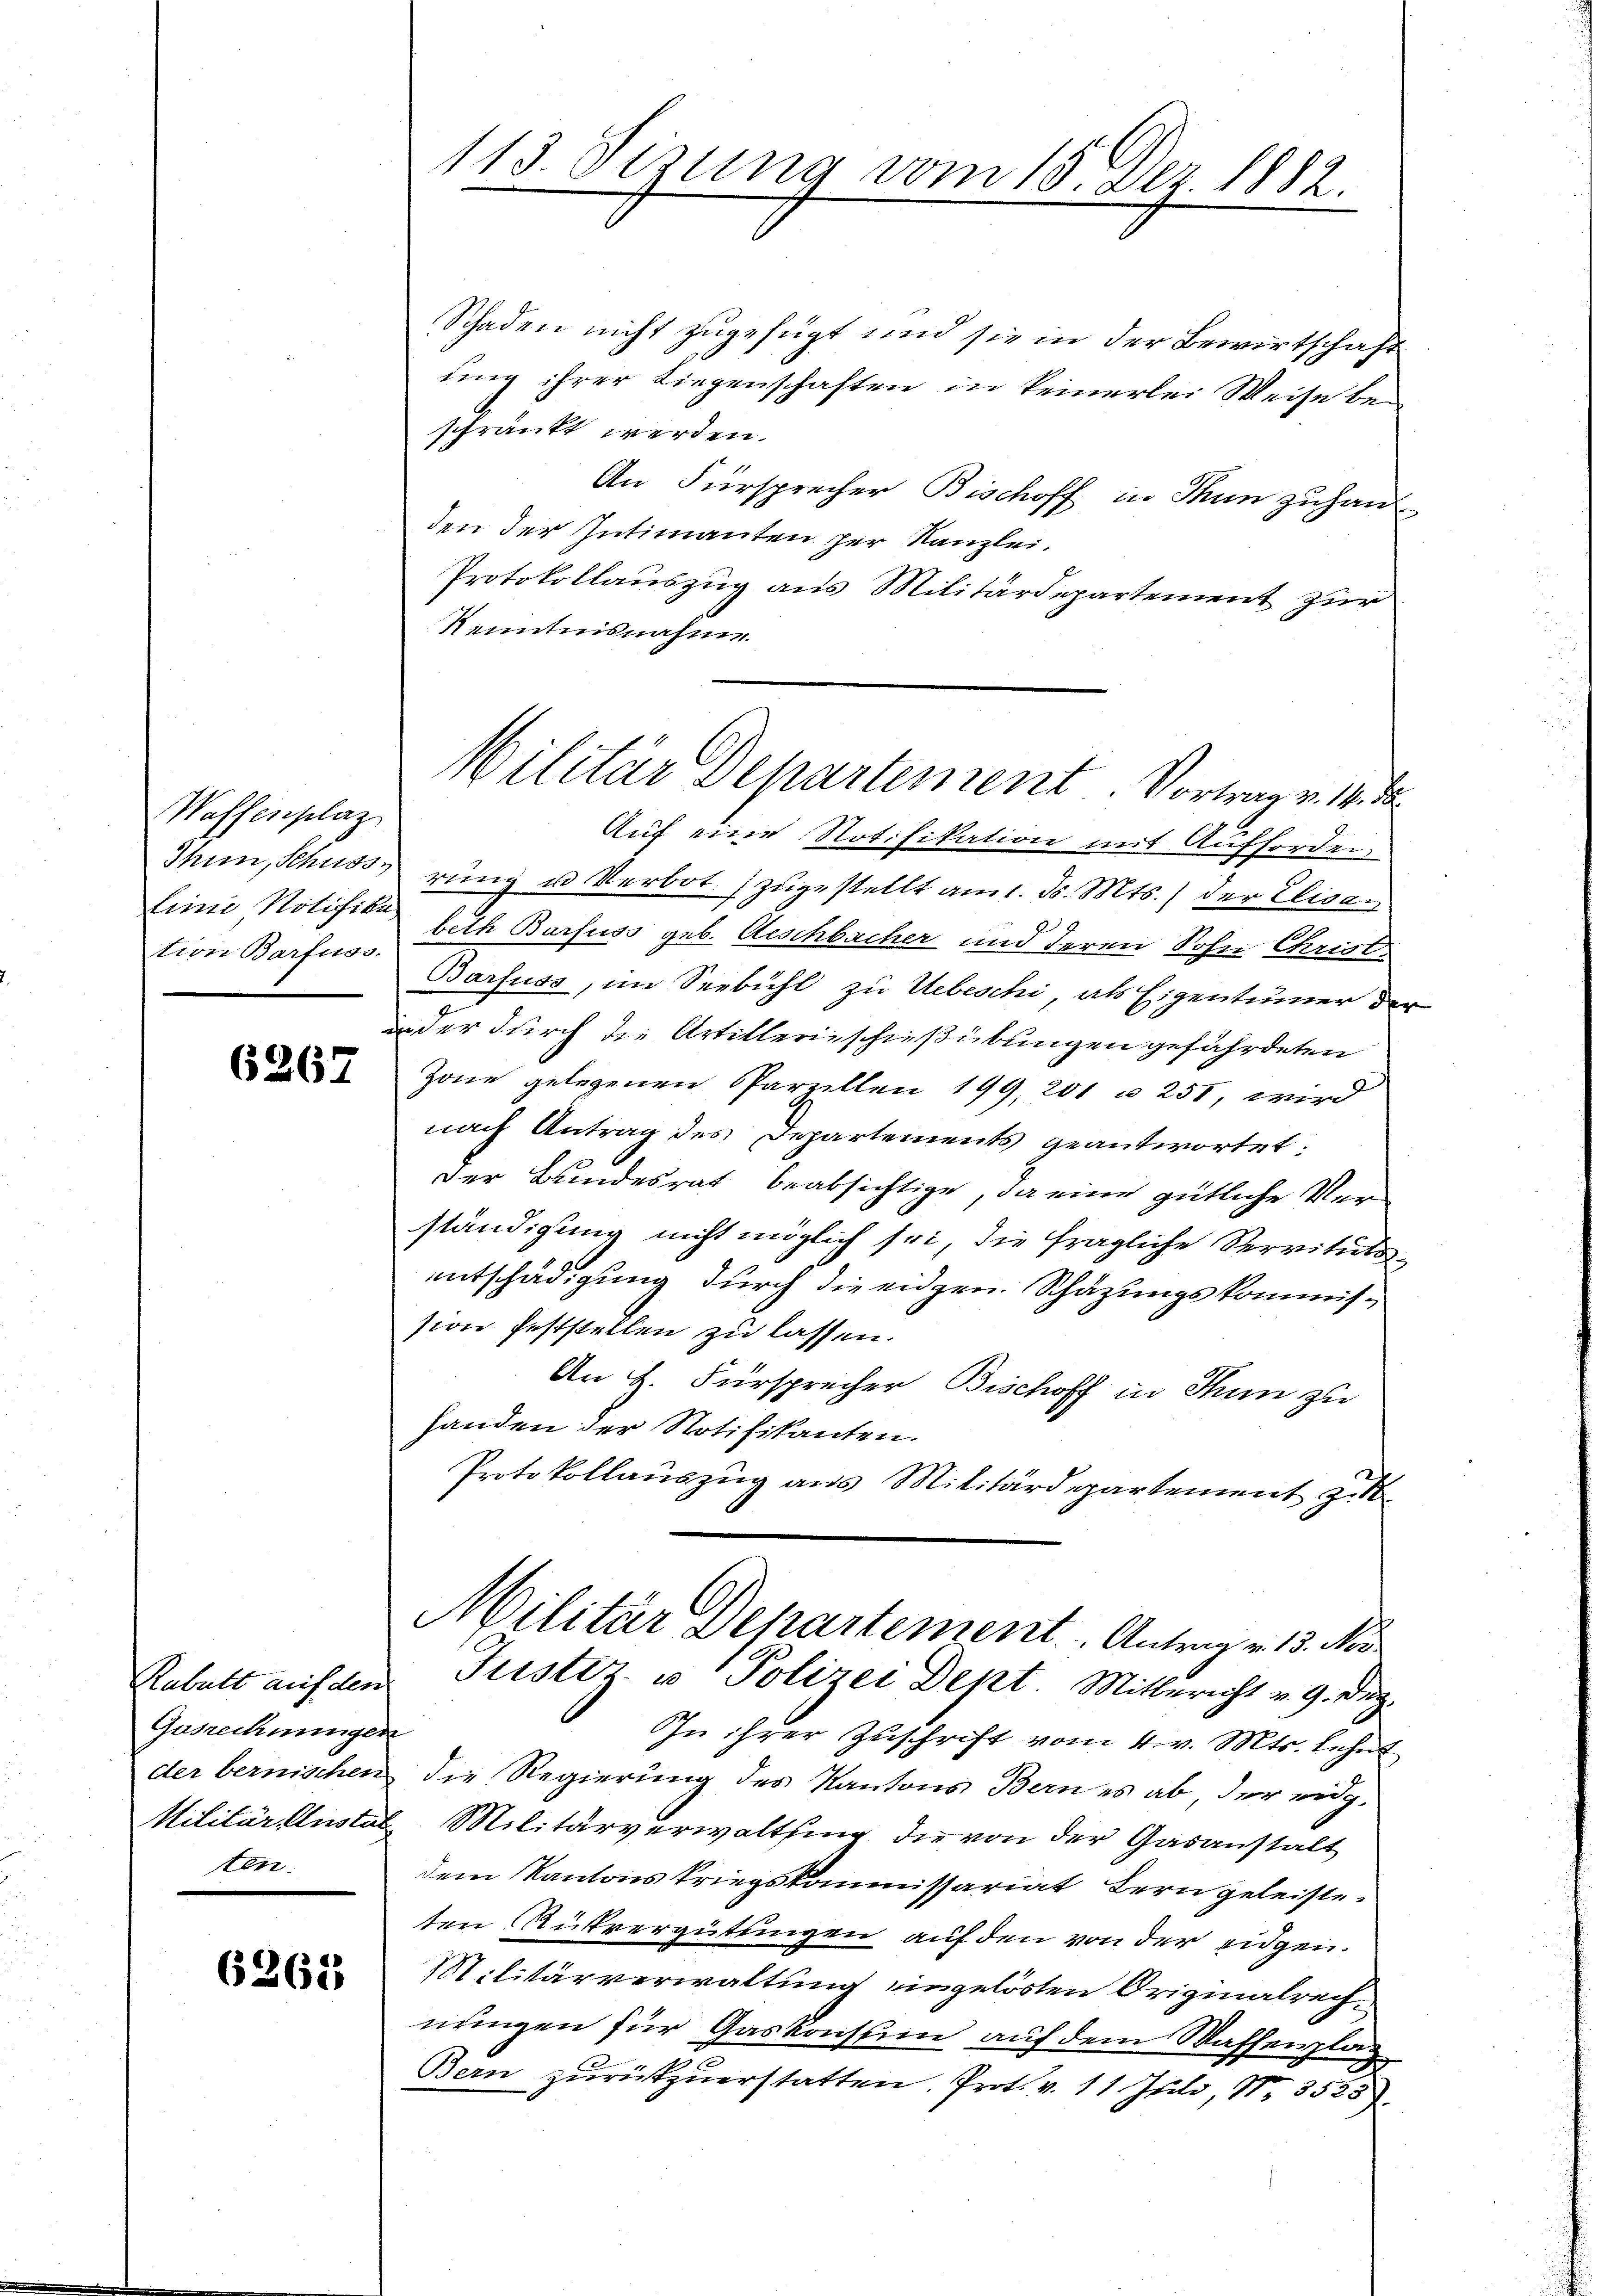
Wassenplaz
tion Barfuss.

Kabult auf den
Gusrechnungen
ten.

6265)

113. Sizung vom 15. Dez. 1882.

Schaden nicht zugefügt und sie in der Bewirtschaft
ung ihrer Liegenschaften in keinerlei Weise beschränkt werden.
An Fürsprecher Bischoff in Thun zuhanden der Intimanten her Kanzlei.
Protokollauszug aus Militärdepartement zur
Kenntnisnahme
Auf eine Notifikation mit Aufforden.
Ihin, Schusserung u Verbot. zugestellt am 1. d. Mts. der Elisa¬
Linie Notifika beth Barfuss geb. Aeschbacher und deren Sohn Christ
Barfuss, im Seebühl zu Uebeschi, als Eigentümer der
ander durch die Artillerieschießübungen gefährdeten
 Zone gelegenen Sparzellen 199, 201 u 251, wird
nach Antrag des Departements geantwortet:
der Bundesrat beabsichtige, da eine gütliche Verständigung nicht möglich sei, die fragliche Servitutsentschädigung durch die eidgen. Schätzungskommission feststellen zu lassen.
An H. Fürsprecher Bischoff in Thun zu
handen der Notifikanten.
Protokollauszug aus Militärdepartement zu
Militär Departement. Antrag v. 13. Nov
Justiz u. Polizei Dept. Mitbericht v. 9. Dez.
In ihrer Zuschrift vom 4. v. Mts. lehnt
der bernischen die Regierung des Kantons Bern es ab, der eidg.
Militär lustel Militärverwaltsung die von der Gasanstalt
dem Kantonskriegskommissariat Bern geleisteten Rükvergütungen auf den von der eidgen.
Militärverwaltung eingelösten Originalrechnungen für Gaskonsein auf dem Waffenplag
5
Bern zŭrückzuerstatten. Prot. v. 11 Juli, Nr. 3525)

Militär Departement. Vortrag v. 14. da